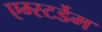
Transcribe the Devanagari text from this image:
एम्स्टर्डेम